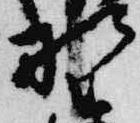
野